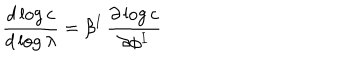
{ \frac { d \log c } { d \log \lambda } } = \beta ^ { I } \, { \frac { \partial \log c } { \partial \phi ^ { I } } }